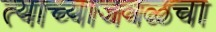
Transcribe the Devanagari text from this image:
त्याच्याजवळचा